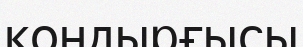
қондырғысы